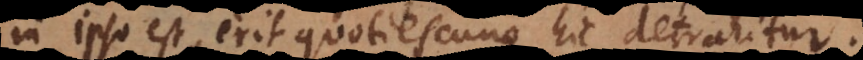
in ipso est, erit quotiescunque hic detrahitur.